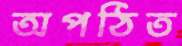
অপঠিত